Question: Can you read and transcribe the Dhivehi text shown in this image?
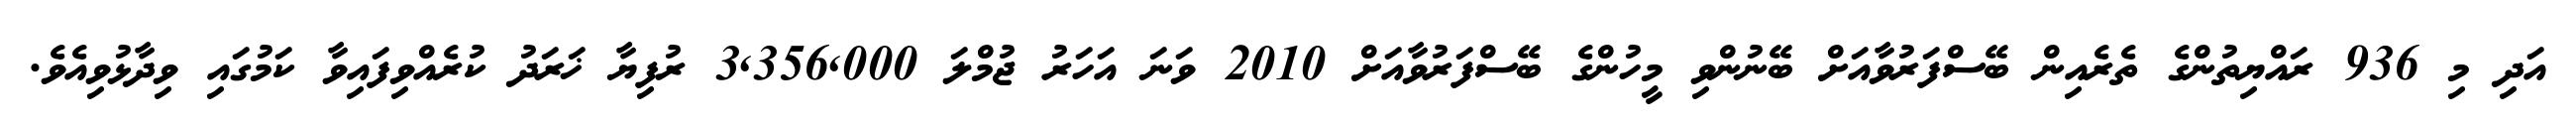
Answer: އަދި މި 936 ރައްޔިތުންގެ ތެރެއިން ބޭސްފަރުވާއަށް ބޭނުންވި މީހުންގެ ބޭސްފަރުވާއަށް 2010 ވަނަ އަހަރު ޖުމްލަ 3,356,000 ރުފިޔާ ޚަރަދު ކުރެއްވިފައިވާ ކަމުގައި ވިދާޅުވިއެވެ.